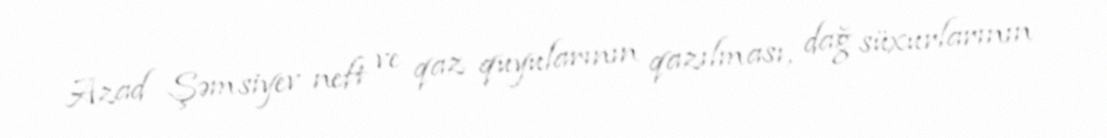
Azad Şəmsiyev neft ve qaz quyularının qazılması, dağ süxurlarının